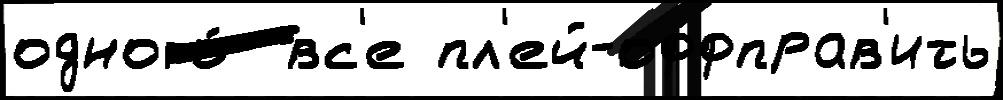
одного́  вс'е пл'ей-оффправ'ить